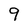
Character: 9